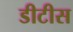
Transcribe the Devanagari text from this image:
डीटीस